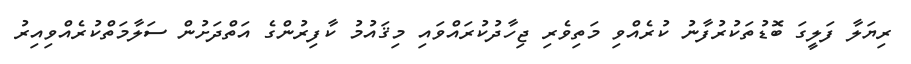
ރިޔަލާ ފަލީގަ ބޮޑުތަކުރުފާނު ކުރެއްވި މަތިވެރި ޖިހާދުކުރައްވައި މިޤައުމު ކާފިރުންގެ އަތްދަށުން ސަލާމަތްކުރެއްވިއިރު